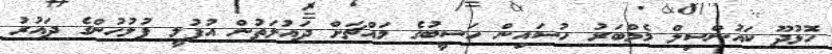
ހޮޅުދޫ ކައުންސިލް މެމްބަރު ހުސައިން ހަސީބުގެ މައްޗަށް ދައުލަތުން އުފުލީ ފުލުހުންގެ ދައުރު